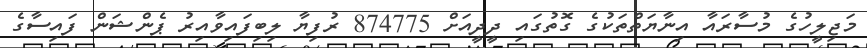
މަޖިލީހުގެ މުސާރައާ އިނާޔަތްތަކުގެ ގޮތުގައި ދީދީއަށް 874775 ރުފިޔާ ލިބިފައިވާއިރު ޕެންޝަން ފައިސާގެ